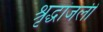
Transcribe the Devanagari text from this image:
श्रृद्धांजली